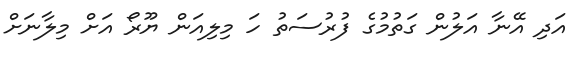
އަދި އޭނާ އަލުން ގަތުމުގެ ފުރުސަތު ހަ މިލިއަން ޔޫރޯ އަށް މިލާނަށް